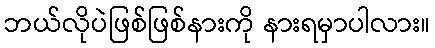
ဘယ်လိုပဲဖြစ်ဖြစ်နားကို နားရမှာပါလား။